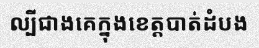
ល្បីជាងគេក្នុងខេត្តបាត់ដំបង